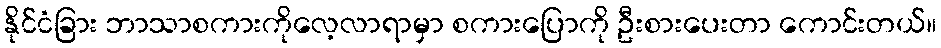
နိုင်ငံခြား ဘာသာစကားကိုလေ့လာရာမှာ စကားပြောကို ဦးစားပေးတာ ကောင်းတယ်။